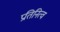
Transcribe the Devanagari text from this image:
प्रतिनित्व